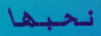
نحبها